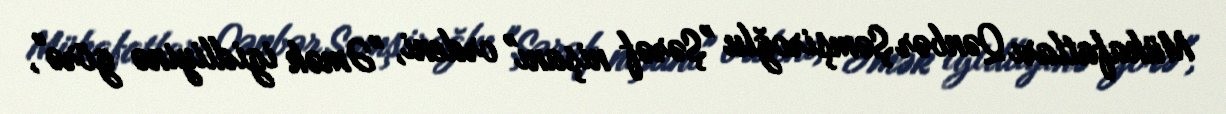
Mükafatları Qənbər Şəmşiroğlu "Şərəf nişanı" ordeni, "Əmək igidliyinə görə",